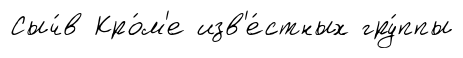
Сыч́в Кро́м'е изв'е́стных гру́ппы